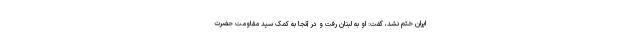
ایران ختم نشد، گفت: او به لبنان رفت و در آنجا به کمک سید مقاومت حضرت